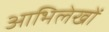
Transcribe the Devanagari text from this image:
आभिलेखों